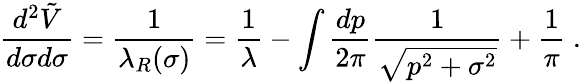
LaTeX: {\frac{d^{2}\tilde{V}}{d\sigma d\sigma}}={\frac{1}{\lambda_{R}(\sigma)}}={\frac{1}{\lambda}}-\int{\frac{dp}{2\pi}}{\frac{1}{\sqrt{p^{2}+\sigma^{2}}}}+{\frac{1}{\pi}}~.